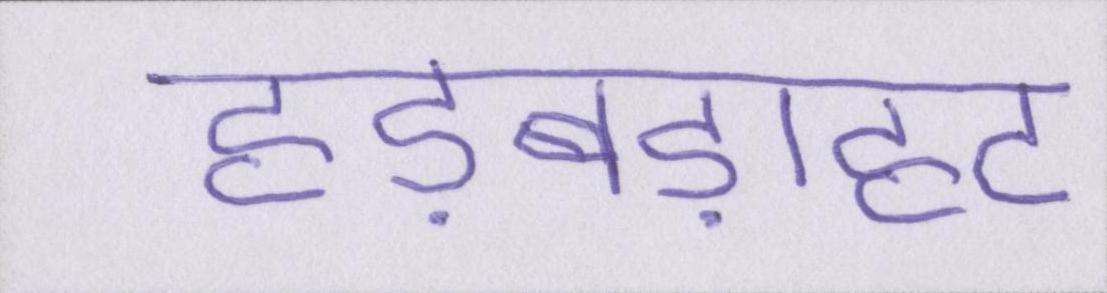
हड़बड़ाहट